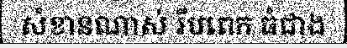
សំខានណាស់ រឹបពេក ធំជាង